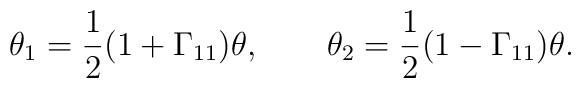
\theta_1 = {1 \over 2} (1 + \Gamma_{11})\theta, \qquad \theta_2 = {1 \over 2} (1 - \Gamma_{11})\theta.